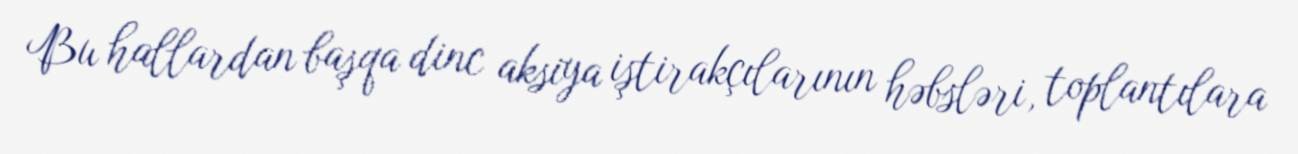
Bu hallardan başqa dinc aksiya iştirakçılarının həbsləri, toplantılara